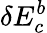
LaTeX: \delta E_{c}^{b}